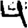
Digit: 4